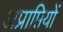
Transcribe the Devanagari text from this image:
अप्राप्तियों